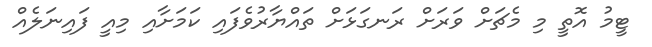
ޓީމު އޮތީ މި މެޗަށް ވަރަށް ރަނގަޅަށް ތައްޔާރުވެފައި ކަމަށާއި މިއީ ފައިނަލެއް